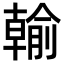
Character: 𪟺